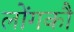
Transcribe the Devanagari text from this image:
लोंगकौ